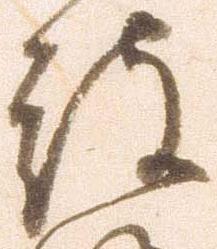
被